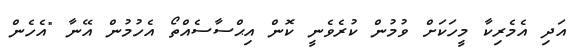
އަދި އެމެރިކާ މީހަކަށް ވުމުން ކުރެވެނީ ކޮން އިޙްސާސެއްތޯ އެހުމުން އޭނާ "އެހެން